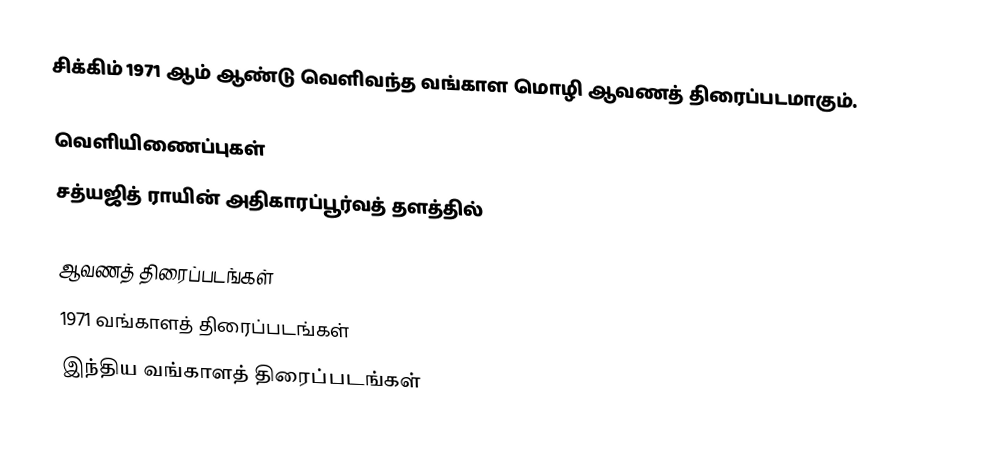
சிக்கிம் 1971 ஆம் ஆண்டு வெளிவந்த வங்காள மொழி ஆவணத் திரைப்படமாகும்.

வெளியிணைப்புகள்
சத்யஜித் ராயின் அதிகாரப்பூர்வத் தளத்தில்

ஆவணத் திரைப்படங்கள்
1971 வங்காளத் திரைப்படங்கள்
இந்திய வங்காளத் திரைப்படங்கள்